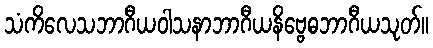
သံကိလေသဘာဂီယဝါသနာဘာဂီယနိဗ္ဗေဓဘာဂီယသုတ်။